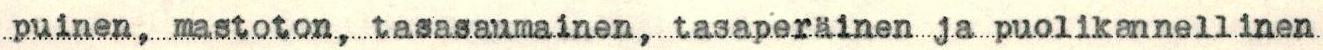
puinen, mastoton, tasasaumainen, tasaperäinen ja puolikannellinen